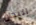
اليدان